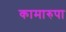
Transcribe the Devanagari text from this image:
कामारुपा